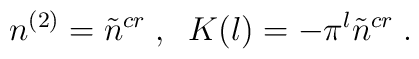
n^{(2)}=\tilde{n}^{cr}\;,\;\;K(l)=-\pi ^l\tilde{n}^{cr}\;.